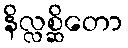
နိလ္လစ္ဆိတော